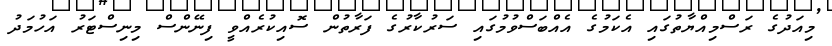
މިއަދުގެ ރަސްމިއްޔާތުގައި އެކަމުގެ އެއްބަސްވުމުގައި ސަރުކާރުގެ ފަރާތުން ސޮއިކުރެއްވީ ފިނޭންސް މިނިސްޓަރު އަހުމަދު